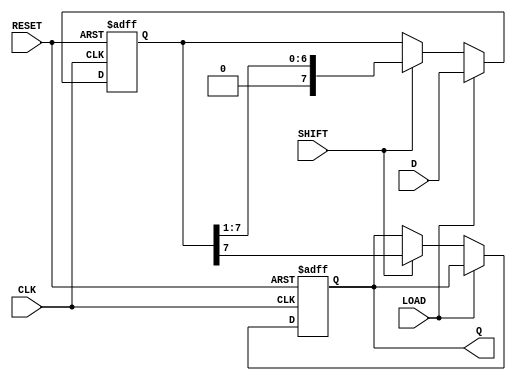
module PISO_Shift_Register #(
    parameter n = 8  // Parameter for the width of the data input
)(
    input wire [n-1:0] D,      // Parallel data input
    input wire LOAD,           // Load enable signal
    input wire SHIFT,          // Shift enable signal
    input wire CLK,            // Clock signal
    input wire RESET,          // Asynchronous reset signal
    output reg Q               // Serial output
);

    reg [n-1:0] REG;           // Storage register

    always @(posedge CLK or posedge RESET) begin
        if (RESET) begin
            REG <= {n{1'b0}};   // Clear the register on reset
            Q <= 1'b0;         // Clear the serial output
        end else begin
            if (LOAD) begin
                REG <= D;      // Load data into the register
            end else if (SHIFT) begin
                Q <= REG[n-1]; // Output the MSB to Q
                REG <= {1'b0, REG[n-1:1]}; // Shift right
            end
        end
    end

endmodule